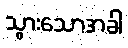
သွားသောအခါ